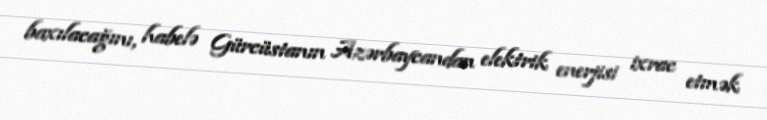
baxılacağını, habelə Gürcüstanın Azərbaycandan elektrik enerjisi ixrac etmək